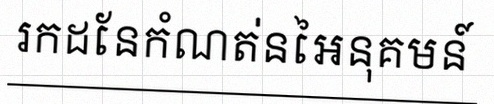
រកដែនកំណត់នៃអនុគមន៍